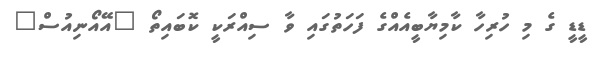
ޑީޑީ ގެ މި ހުރިހާ ކާމިޔާބީއެއްގެ ފަހަތުގައި ވާ ސިއްރަކީ ކޮބައިތޯ "އޭއޯނިއުސް"